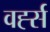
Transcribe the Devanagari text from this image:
वर्ह्स